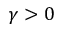
\gamma > 0